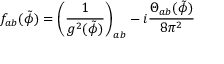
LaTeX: f _ { a b } ( { \tilde { \phi } } ) = \left( \frac { 1 } { g ^ { 2 } ( { \tilde { \phi } } ) } \right) _ { a b } - i \frac { { \Theta } _ { a b } ( { \tilde { \phi } } ) } { 8 { \pi } ^ { 2 } }